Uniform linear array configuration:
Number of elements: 32
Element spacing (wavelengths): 0.5
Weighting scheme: hann
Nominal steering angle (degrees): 30
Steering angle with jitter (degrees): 31.146
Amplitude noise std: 0.05
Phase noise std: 0.05

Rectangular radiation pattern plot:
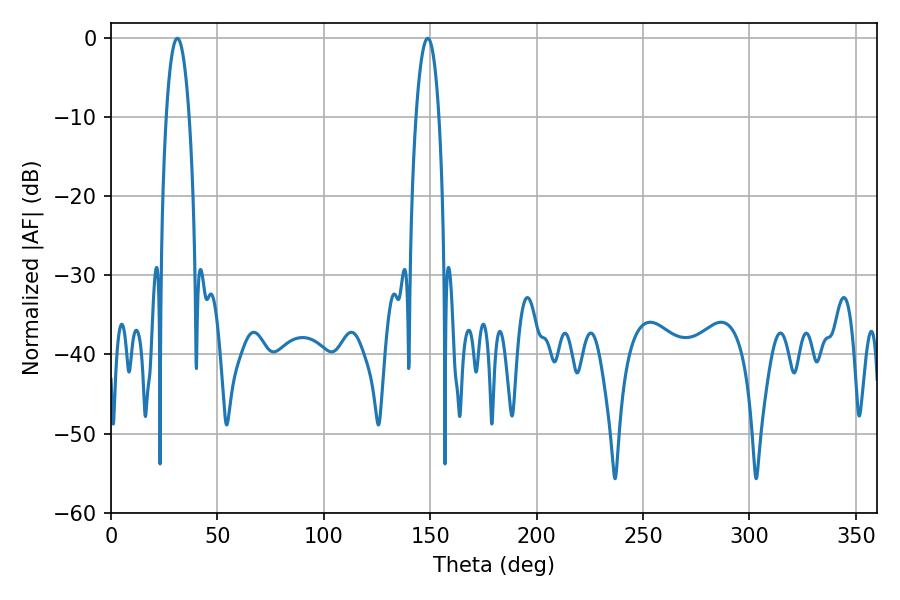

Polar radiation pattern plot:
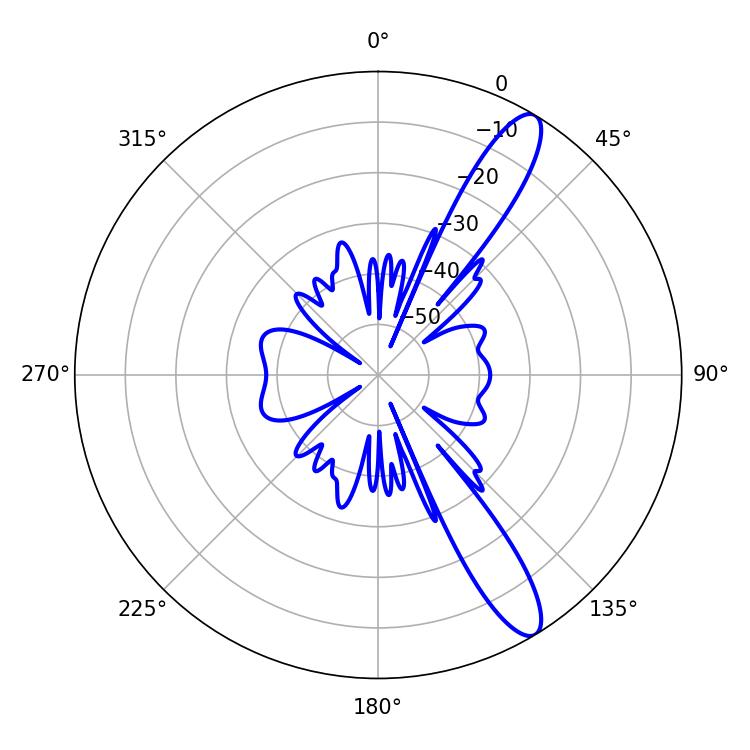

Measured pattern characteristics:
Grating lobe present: FALSE
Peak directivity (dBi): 12.343
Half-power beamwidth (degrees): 5.94
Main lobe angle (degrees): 31.14